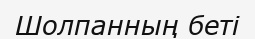
Шолпанның беті